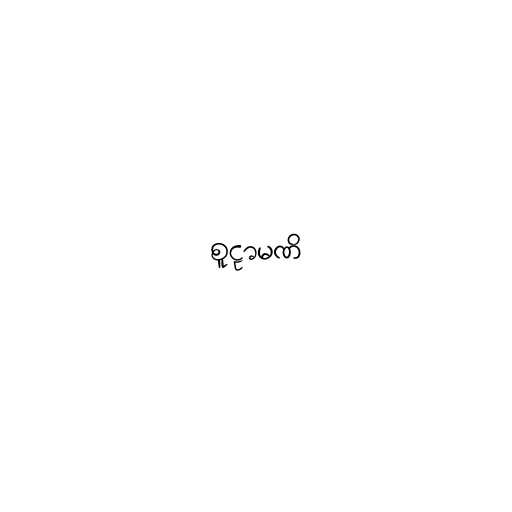
စူဠာမဏိ